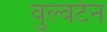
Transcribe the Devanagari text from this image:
वुल्वर्टन